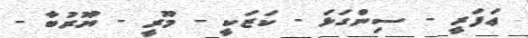
ޢަފަރީ - ސިންގަޅަ - ކަޒަކީ - މޫރީ - ޔޫރުބާ -